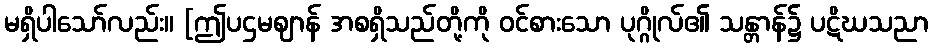
မရှိပါသော်လည်း။ [ဤပဌမဈာန် အစရှိသည်တို့ကို ဝင်စားသော ပုဂ္ဂိုလ်၏ သန္တာန်၌ ပဋိဃသညာ